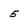
Character: 5